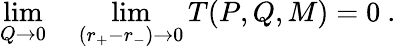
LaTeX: \operatorname*{lim}_{Q\rightarrow 0}\quad\operatorname*{lim}_{(r_{+}-r_{-})\rightarrow 0}T(P,Q,M)=0\ .